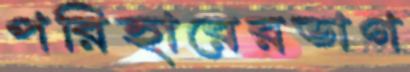
পরিহারেরভাগ